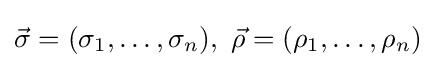
{\vec {\sigma }}=(\sigma _{1},\ldots ,\sigma _{n}),\ {\vec {\rho }}=(\rho _{1},\ldots ,\rho _{n})